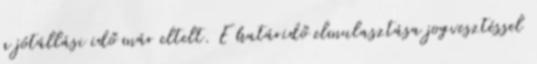
a jótállási idő már eltelt. E határidő elmulasztása jogvesztéssel